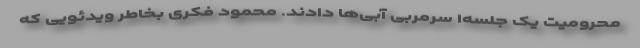
محرومیت یک جلسه‌ا سرمربی آبی‌ها دادند. محمود فکری بخاطر ویدئویی که